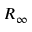
R _ { \infty }